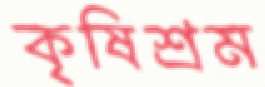
কৃষিশ্রম